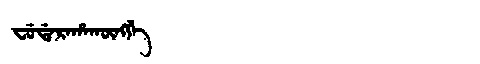
Manchu: ᠸᡠᡩᠠᡵᠠᡥᠠᡴᡡᠩᡤᡝ
Romanization: FUDARAHAKŪNGGE